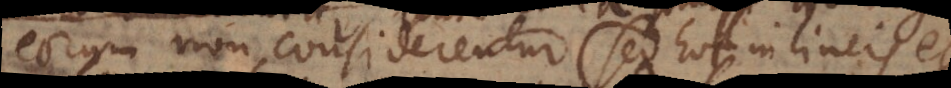
eorum non considerentur (sed hoc in lineis et